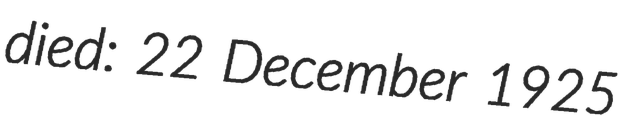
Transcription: died: 22 December 1925